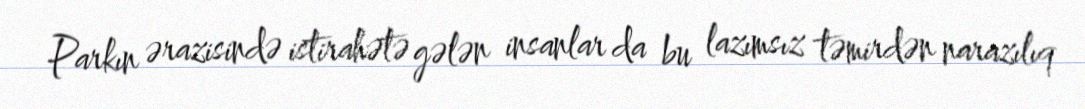
Parkın ərazisində istirahətə gələn insanlar da bu lazımsız təmirdən narazılıq